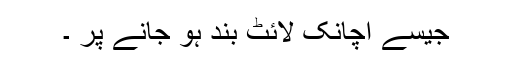
جیسے اچانک لائٹ بند ہو جانے پر ۔